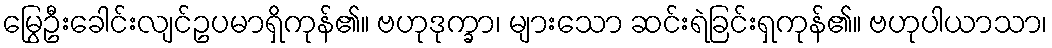
မြွေဦးခေါင်းလျင်ဥပမာရှိကုန်၏။ ဗဟုဒုက္ခာ၊ များသော ဆင်းရဲခြင်းရှကုန်၏။ ဗဟုပါယာသာ၊